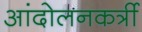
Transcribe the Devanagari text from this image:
आंदोलनकर्त्री